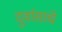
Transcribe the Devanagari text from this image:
दुर्वासाचे